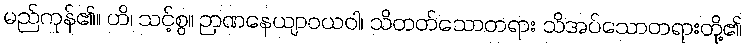
မည်ကုန်၏။ ဟိ၊ သင့်စွ။ ဉာဏနေယျာဝယဝါ၊ သိတတ်သောတရား သိအပ်သောတရားတို့၏